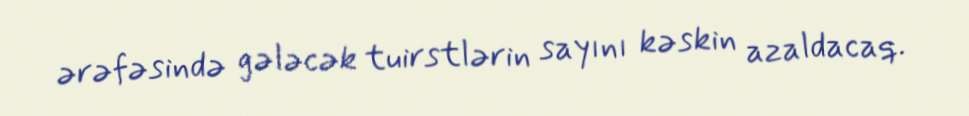
ərəfəsində gələcək tuirstlərin sayını kəskin azaldacaq.